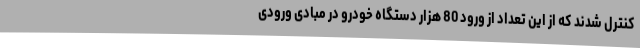
کنترل شدند که از این تعداد از ورود 80 هزار دستگاه خودرو در مبادی ورودی